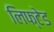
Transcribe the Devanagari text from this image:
लिफ्टेड